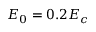
E _ { 0 } = 0 . 2 E _ { c }